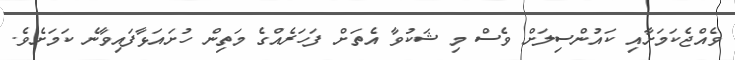
ވެއްޖެކަމަށާއި ކައުންސިލަށް ވެސް މި ޝަކުވާ އެތަށް ފަހަރެއްގެ މަތިން ހުށައަޅާފައިވާނެ ކަމަށެވެ.